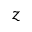
z